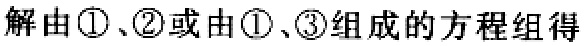
解由\textcircled{1}、\textcircled{2}或由\textcircled{1}、\textcircled{3}组成的方程组得